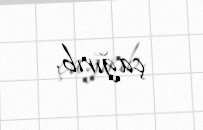
çağırıb.